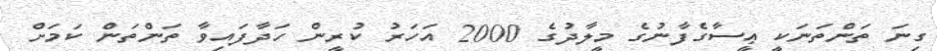
ގިނަ ތަންތަނަކީ ޢީސާގެފާނުގެ މީލާދުގެ 2000 އަހަރު ކުރީން ހަދާފައިވާ ތަންތަން ކަމަށް